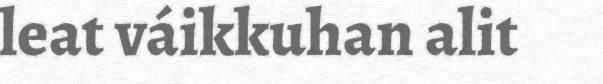
leat váikkuhan alit